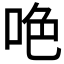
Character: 𠲅